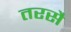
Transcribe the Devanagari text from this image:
तरसै